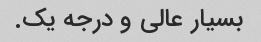
بسیار عالی و درجه یک.